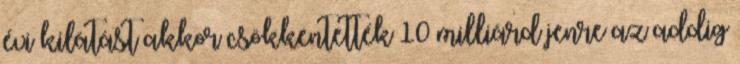
évi kilátást akkor csökkentették 10 milliárd jenre az addig